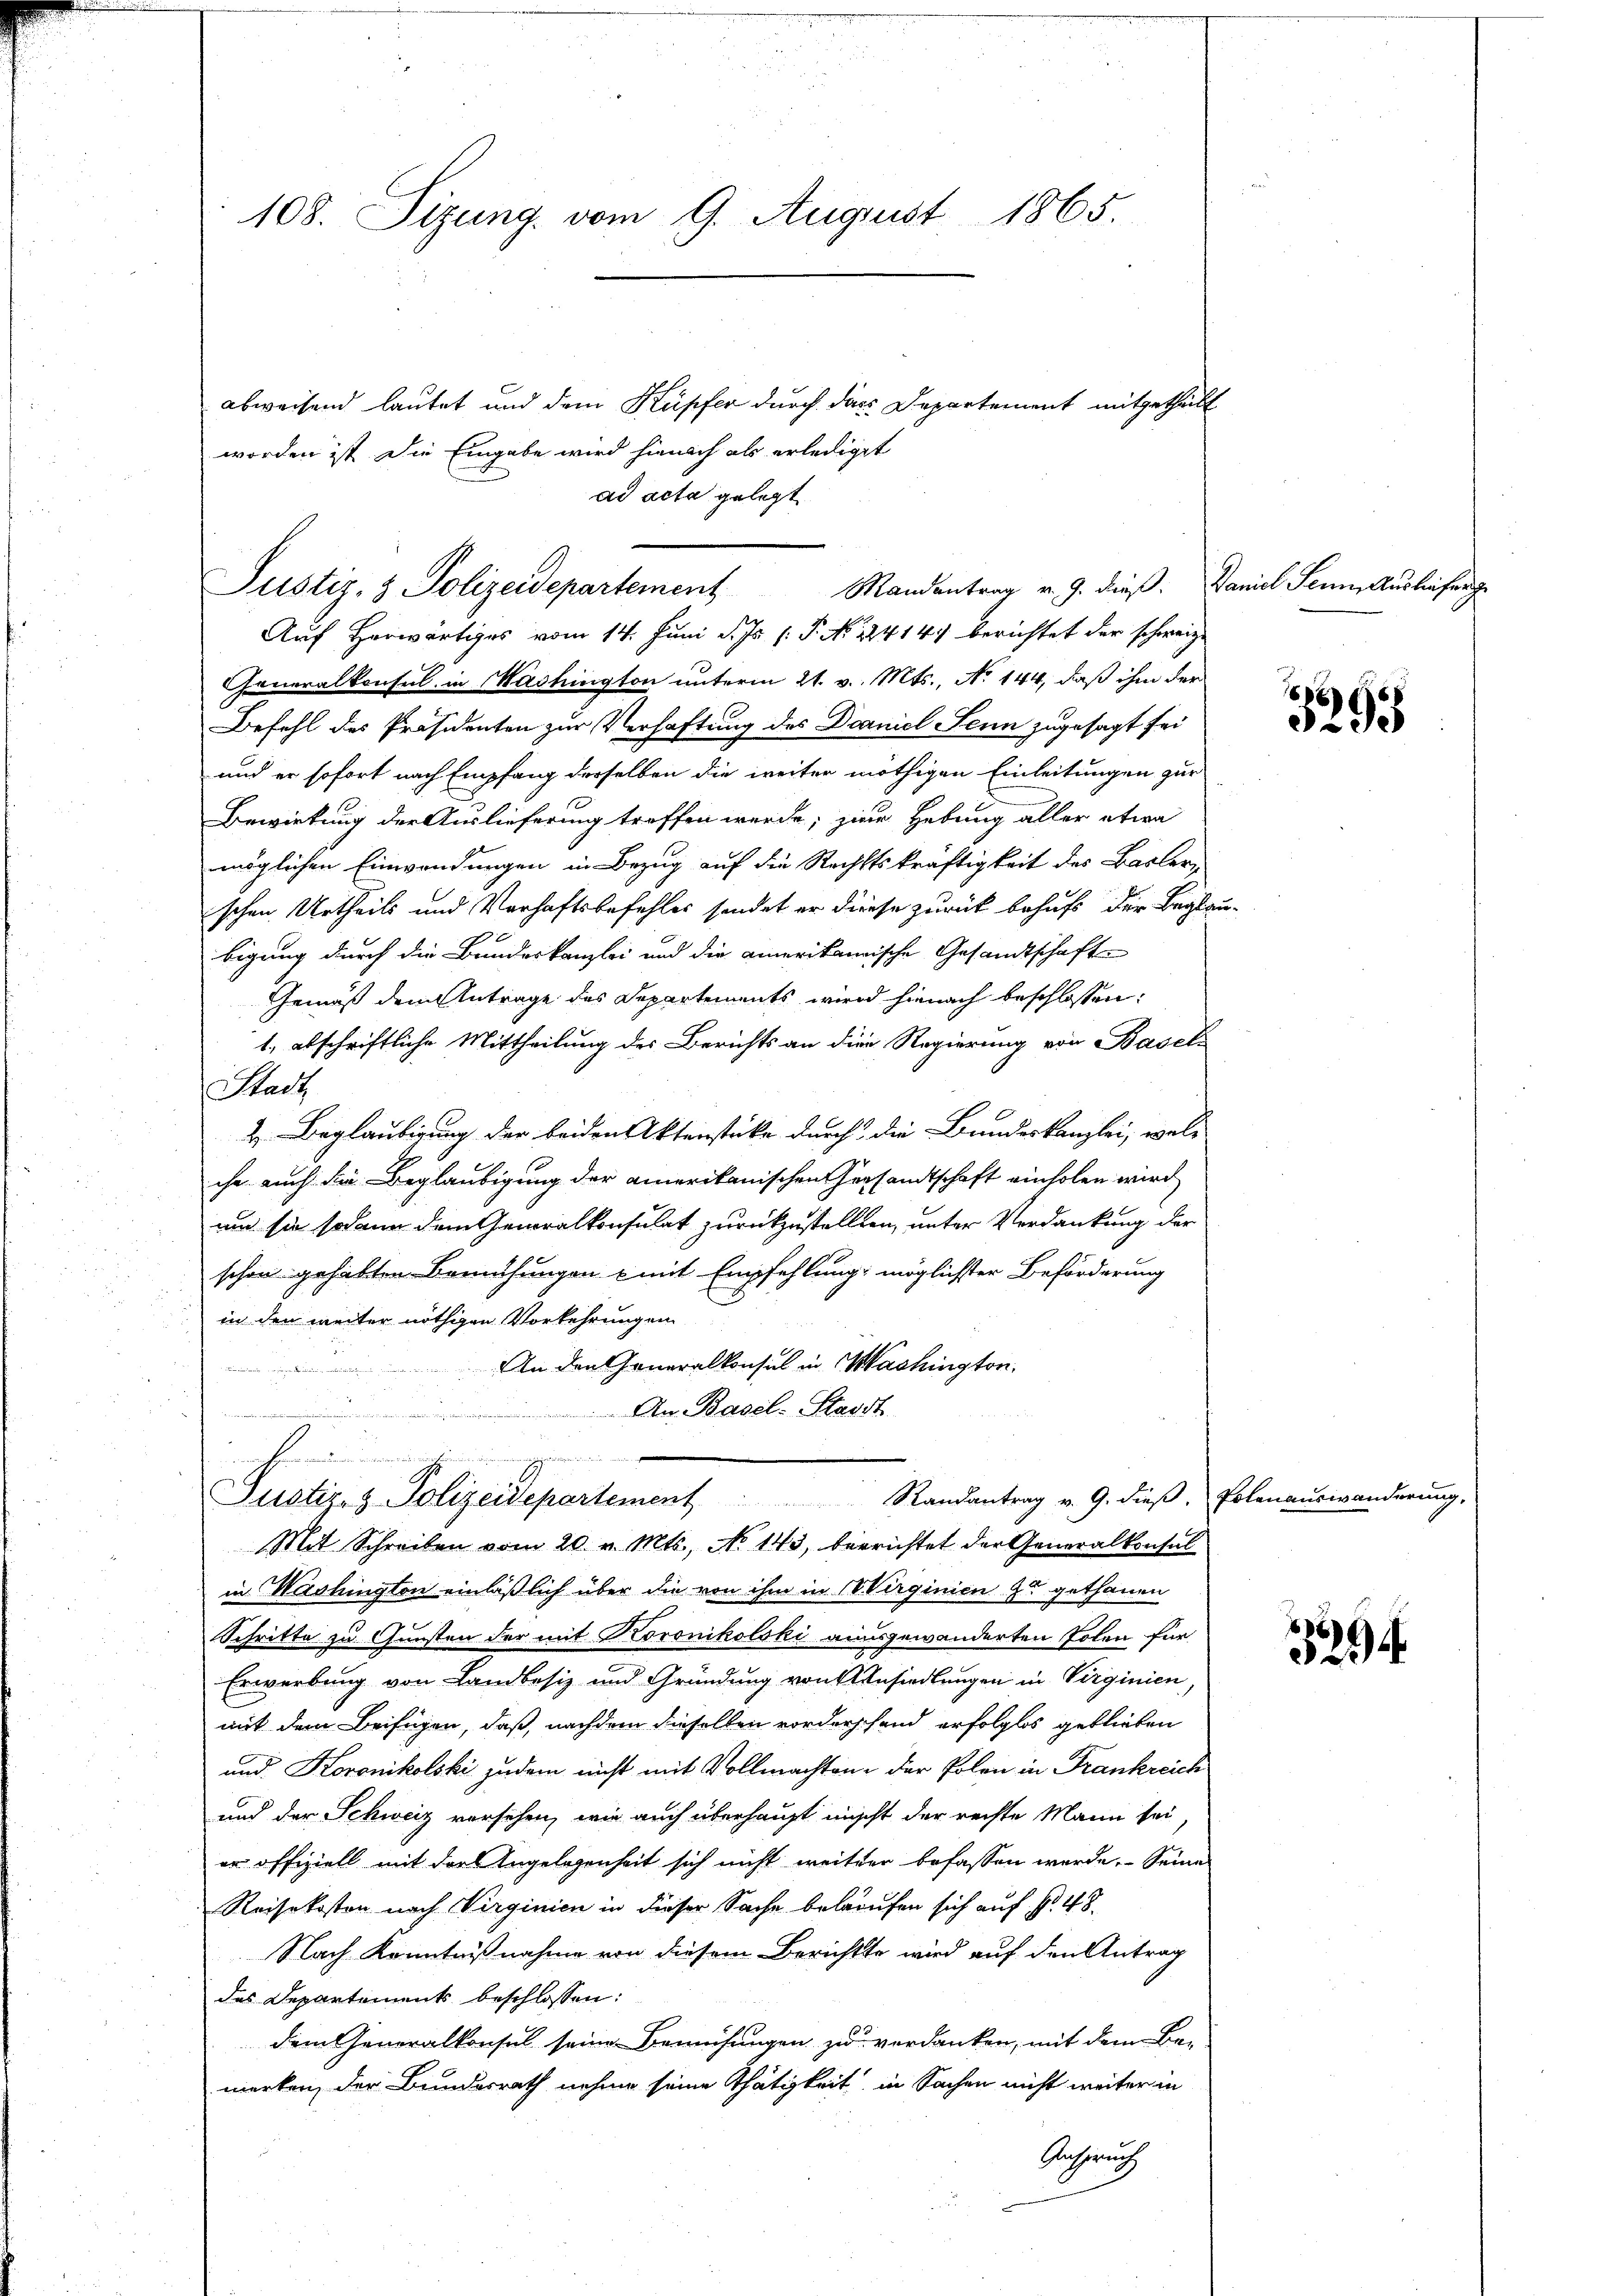
108. Sizung, vom 9. August 1865.

abweisend lautet und dem Kupfer durch das Departement mitgetheilt
worden ist die Eingabe wird hienach als erlediget
ad acta gelegt
Auf Herwärtiges vom 14. Juni d. Js. (: P. No. 22414. berichtet der schweize
Generalkonsul in Mashington unterm 21. v. Mts., No 144, daß ihm der
Befehl des Präsidenten zur Verhaftung des Dramel Senn zugesagt sei
und er sofort nach Empfang derselben die weiter nöthigen Einleitungen zur
Bewirkung der Auslieferung treffen werde; zur Hebung aller etwa
möglichen Einwendungen in Bezug auf die Rechtskräftigkeit des Basler-
schen Urtheils und Verhaftsbefehles sendet er diese zurück behufs der Begleibigung durch die Bundeskanzlei und die amerikanische Gesandtschaft
Gemäß dem Antrage des Departements wird hienach beschlossen:
1. abschriftliche Mittheilung des Berichts an die Regierung von Basel¬
Stadt
2. Beglaubigung der beiden Aktenstücke durch die Bundeskanzlei, welc
che auch die Beglaubigung der amerikanischen Gersandtschaft einholen wird
und sie sodann dem Generalkonsulat zurückzustellten, unter Verdankung der
schon gehabten Bemühungen mit Empfehlung möglichster Beförderung
in den weiter nöthigen Vorkehrungen
An den Generalkonsul in Machington,

An Basel-Stadt
.
Justiz- & Polizeidepartement Randantrag v. 9. dieβ. Polenaŭswänderŭng,
Mit Schreiben vom 20. v. Mts., No 143, berrichtet der Generalkonsul
in Washington einläßlich über die von ihm in W Virginien zu gethanen
Schritte zu Gunsten der mit Koronikolski ausgewanderten Polen für
Erwerbung von Landbesiz und Gründung von Ansiedlungen in Virginien,
mit dem Beifügen, daß, nachdem dieselben vorderschend erfolglos geblieben
und Koronikolski zudem nicht mit Vollmachten der Polen in Frankreich
und der Schweiz versehen, wie auch überhaupt nicht der rechte Mann sei,
er offiziell mit den Angelegenheit sich nicht weitere befassen werde. - Seine
Reisekosten nach Virginien in dieser Sache belaufen sich auf §. 48.
Nach Kenntnißnahme von diesem Berichtte wird auf den Antrag
des Departements beschlossen:
dem Generalkonsul seine Bemühungen zu verdanken, mit dem Be-
merken, der Bundesrath nehme seine Thätigkeit in Sachen nicht weiter in
Bescherung

Justiz- & Polizeidepartement

Mandentrag v. 9. dieß. Daniel Sein Ausliefenge

1
5295

x
)

¬